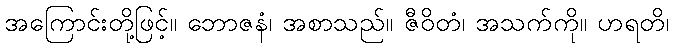
အကြောင်းတို့ဖြင့်။ ဘောဇနံ၊ အစာသည်။ ဇီဝိတံ၊ အသက်ကို။ ဟရတိ၊